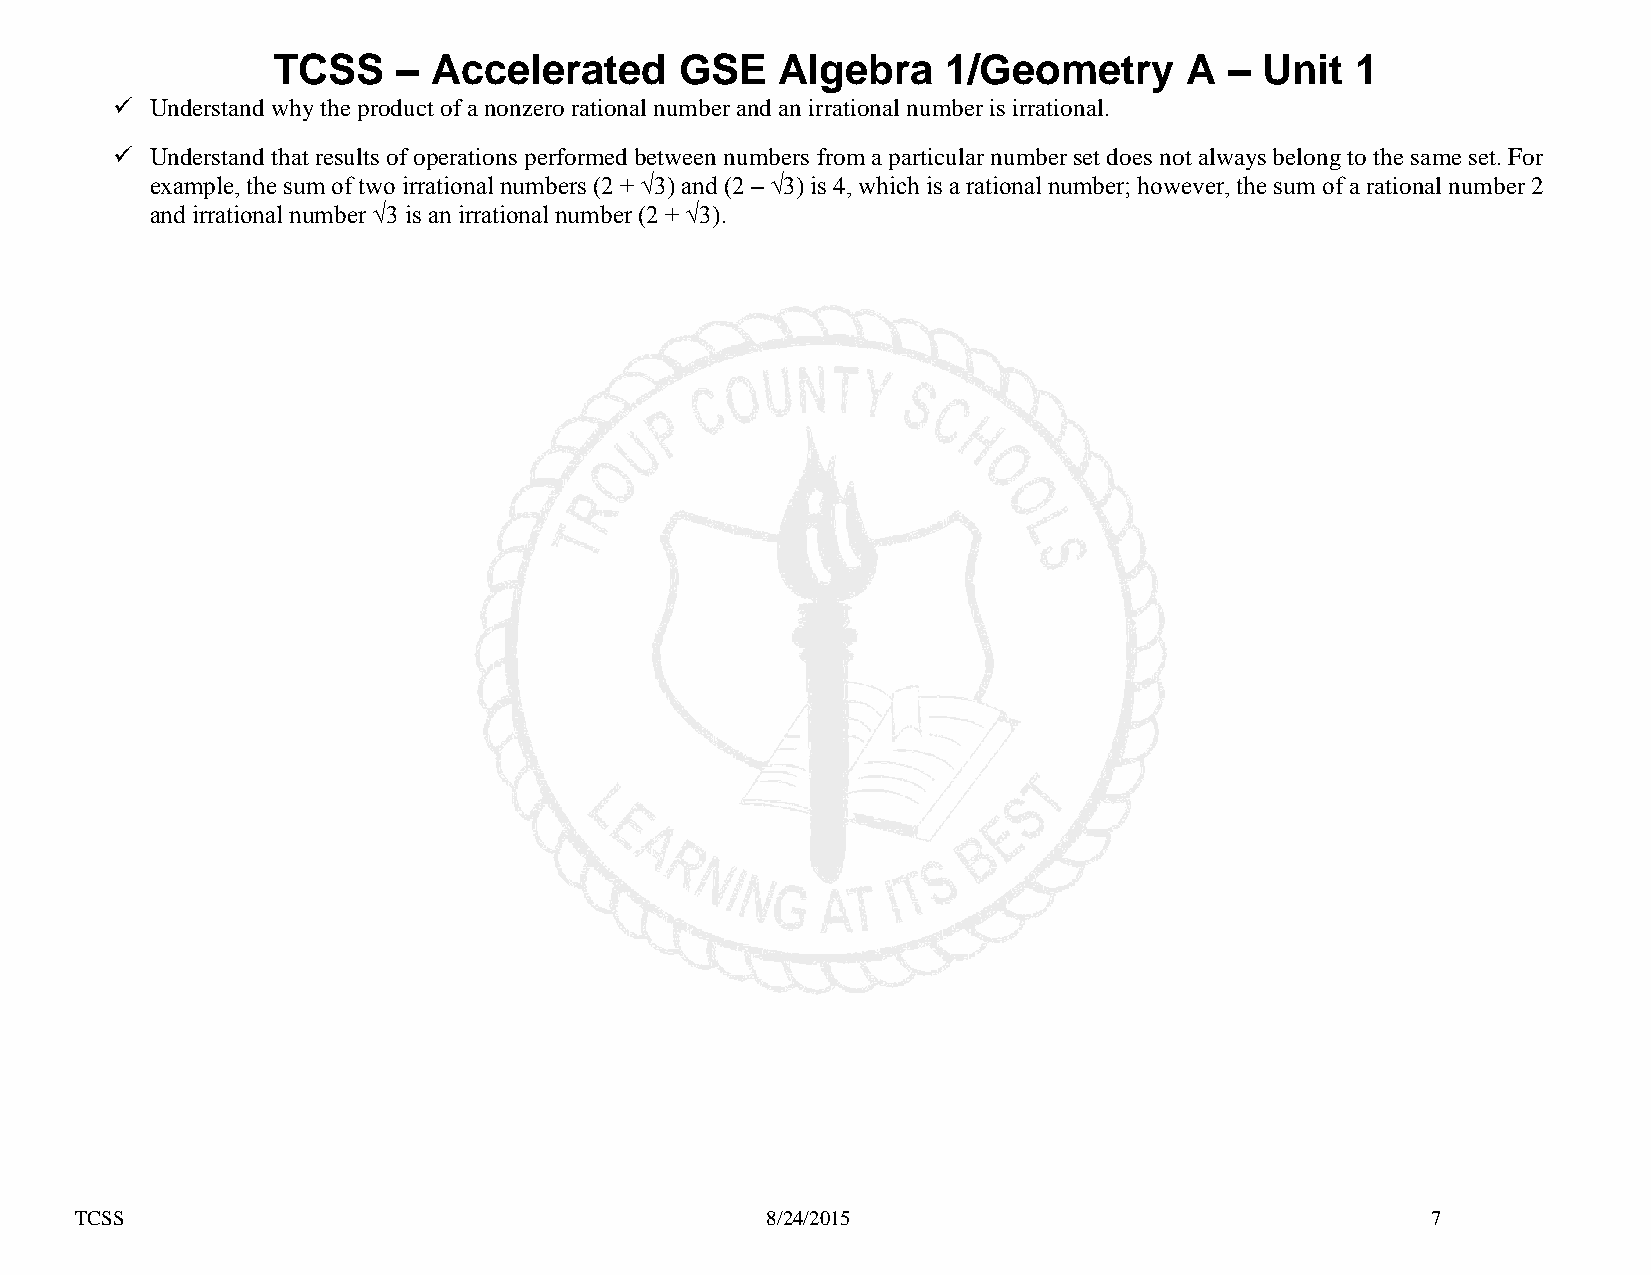
TCSS    – Accelerated      GSE   Algebra     1/Geometry     A  –  Unit  1
   Understand why the product of a nonzero rational number and an irrational number is irrational.
   Understand that results of operations performed between numbers from a particular number set does not always belong to the same set. For
 example, the sum of two irrational numbers (2 + √3) and (2 – √3) is 4, which is a rational number; however, the sum of a rational number 2
 and irrational number √3 is an irrational number (2 + √3).
 TCSS                                          8/24/2015                                   7